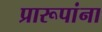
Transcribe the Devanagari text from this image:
प्रारूपांना